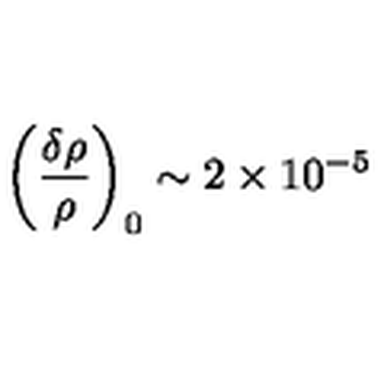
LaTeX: \left( \frac { \delta \rho } { \rho } \right) _ { 0 } \sim 2 \times 1 0 ^ { - 5 }